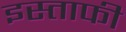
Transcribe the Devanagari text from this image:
इस्ताफी